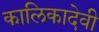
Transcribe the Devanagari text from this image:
कालिकादेवी